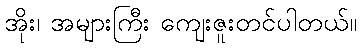
အိုး၊ အများကြီး ကျေးဇူးတင်ပါတယ်။